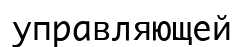
управляющей